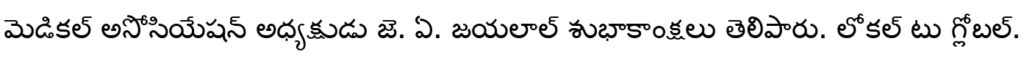
మెడికల్ అసోసియేషన్ అధ్యక్షుడు జె. ఏ. జయలాల్ శుభాకాంక్షలు తెలిపారు. లోకల్ టు గ్లోబల్.